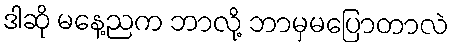
ဒါဆို မနေ့ညက ဘာလို့ ဘာမှမပြောတာလဲ